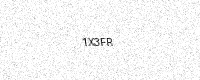
Text: 1X3FR